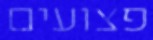
פצועים